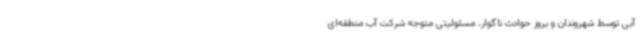
آبی توسط شهروندان و بروز حوادث ناگوار، مسئولیتی متوجه شرکت آب منطقه‌ای